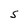
Character: S